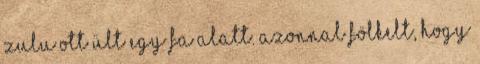
Zulu ott ült egy fa alatt. Azonnal fölkelt, hogy